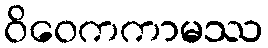
ဝိဝေကကာမဿ